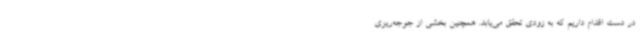
در دست اقدام داریم که به زودی تحقق می‌یابد. همچنین بخشی از جوجه‌ریزی